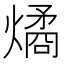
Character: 燏